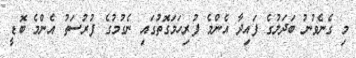
މި ގެނެވުނު ބަދަލުގެ ފައިދާ އެންމެ ފުރިހަމަގޮތުގައި ނެގުމުގެ ފުރުސަތު އެންމެ ބޮޑީ